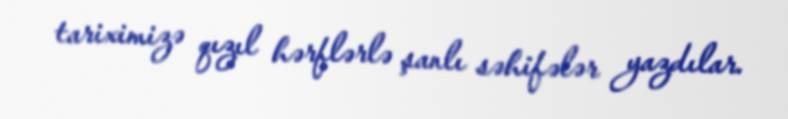
tariximizə qızıl hərflərlə şanlı səhifələr yazdılar.